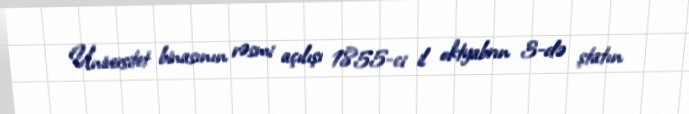
Universitet binasının rəsmi açılışı 1855-ci il oktyabrın 3-də ştatın